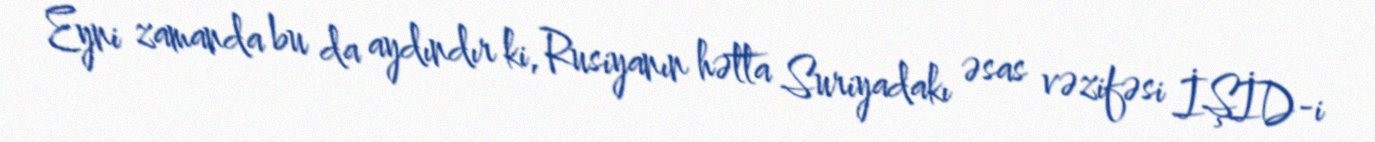
Eyni zamanda bu da aydındır ki, Rusiyanın hətta Suriyadakı əsas vəzifəsi İŞİD-i